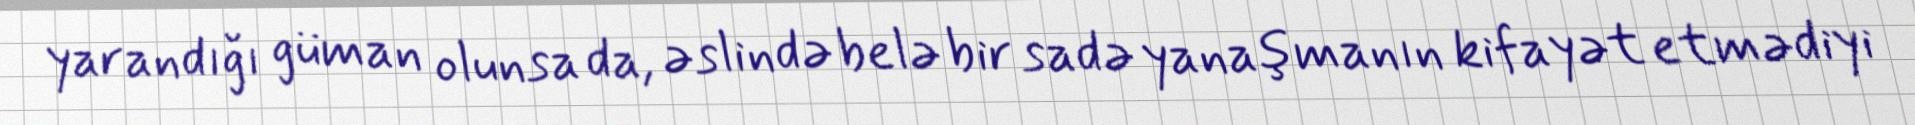
yarandığı güman olunsa da, əslində belə bir sadə yanaşmanın kifayət etmədiyi